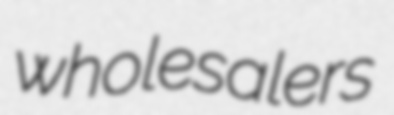
wholesalers